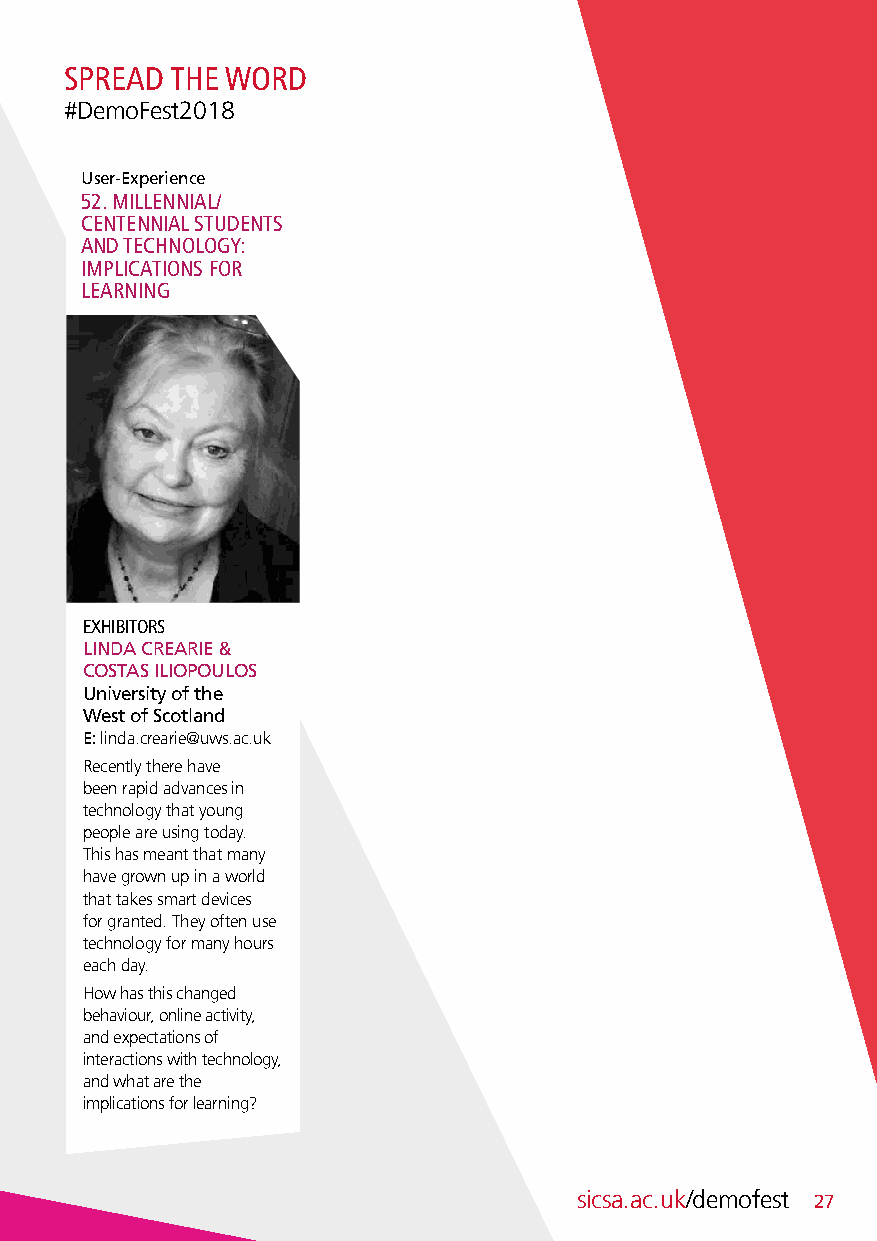
SPREAD THE WORD
 #DemoFest2018
 User-Experience
 52. MILLENNIAL/
 CENTENNIAL STUDENTS
 AND TECHNOLOGY:
 IMPLICATIONS FOR
 LEARNING
 EXHIBITORS
 LINDA CREARIE &
 COSTAS ILIOPOULOS
 University of the
 West of Scotland
 E: linda.crearie@uws.ac.uk
 Recently there have
 been rapid advances in
 technology that young
 people are using today.
 This has meant that many
 have grown up in a world
 that takes smart devices
 for granted. They often use
 technology for many hours
 each day.
 How has this changed
 behaviour, online activity,
 and expectations of
 interactions with technology,
 and what are the
 implications for learning?
 sicsa.ac.uk/demofest 27